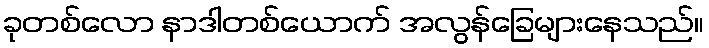
ခုတစ်လော နာဒါတစ်ယောက် အလွန်ခြေများနေသည်။